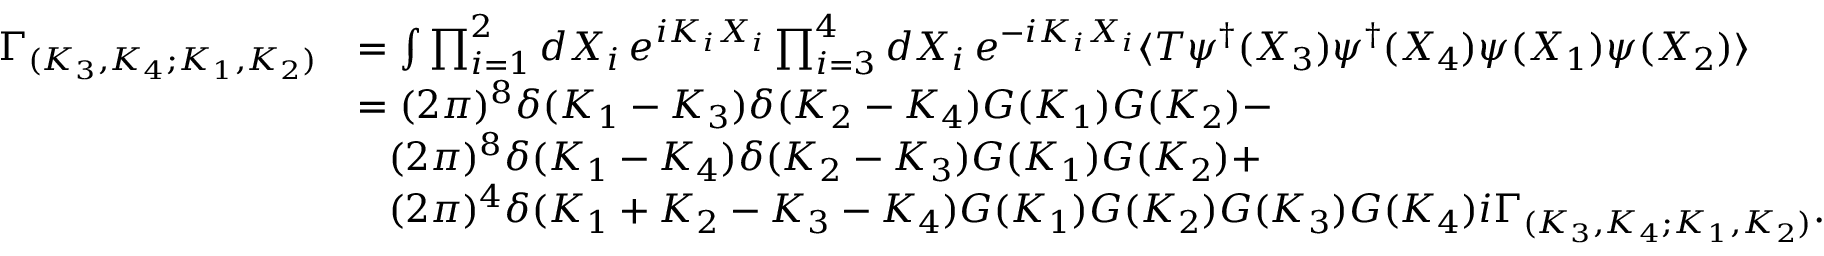
{ \begin{array} { r l } { \Gamma _ { ( K _ { 3 } , K _ { 4 } ; K _ { 1 } , K _ { 2 } ) } } & { = \int { \prod _ { i = 1 } ^ { 2 } { d X _ { i } \, e ^ { i K _ { i } X _ { i } } } \prod _ { i = 3 } ^ { 4 } { d X _ { i } \, e ^ { - i K _ { i } X _ { i } } } \langle T \psi ^ { \dagger } ( X _ { 3 } ) \psi ^ { \dagger } ( X _ { 4 } ) \psi ( X _ { 1 } ) \psi ( X _ { 2 } ) \rangle } } \\ & { = ( 2 \pi ) ^ { 8 } \delta ( K _ { 1 } - K _ { 3 } ) \delta ( K _ { 2 } - K _ { 4 } ) G ( K _ { 1 } ) G ( K _ { 2 } ) - } \\ & { { \phantom { = } } ( 2 \pi ) ^ { 8 } \delta ( K _ { 1 } - K _ { 4 } ) \delta ( K _ { 2 } - K _ { 3 } ) G ( K _ { 1 } ) G ( K _ { 2 } ) + } \\ & { { \phantom { = } } ( 2 \pi ) ^ { 4 } \delta ( { K _ { 1 } + K _ { 2 } - K _ { 3 } - K _ { 4 } } ) G ( K _ { 1 } ) G ( K _ { 2 } ) G ( K _ { 3 } ) G ( K _ { 4 } ) i \Gamma _ { ( K _ { 3 } , K _ { 4 } ; K _ { 1 } , K _ { 2 } ) } { \mathrm { . } } } \end{array} }